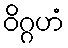
ဝိဂ္ဂဟံ